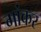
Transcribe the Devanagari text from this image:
गांकर